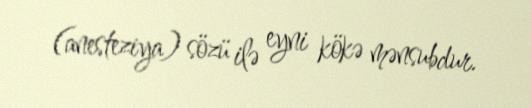
(anesteziya) sözü ilə eyni kökə mənsubdur.